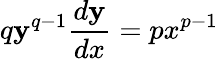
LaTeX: q\mathbf{y}^{q-1}{\frac{{d\mathbf{y}}}{{dx}}}=px^{p-1}